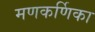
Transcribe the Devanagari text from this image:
मणकर्णिका